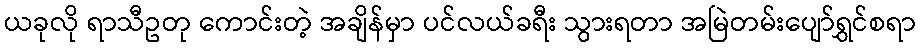
ယခုလို ရာသီဥတု ကောင်းတဲ့ အချိန်မှာ ပင်လယ်ခရီး သွားရတာ အမြဲတမ်းပျော်ရွှင်စရာ